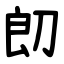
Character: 㓪